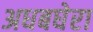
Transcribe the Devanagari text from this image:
अधबघेरा